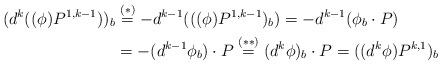
LaTeX: \begin{align*}(d^k((\phi) P^{1,k-1}))_b &\overset{(\ast)}{=} - d^{k-1}(((\phi)P^{1,k-1})_b) =- d^{k-1}(\phi_b \cdot P)\\& =- (d^{k-1}\phi_b ) \cdot P \overset{(\ast\ast)}{=} (d^k \phi)_b \cdot P = ((d^k \phi)P^{k,1})_b\end{align*}